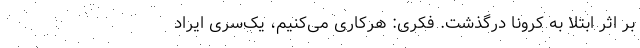
بر اثر ابتلا به کرونا درگذشت. فکری: هرکاری می‌کنیم، یک‌سری ایراد